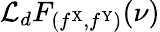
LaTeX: \mathcal{L}_{d}F_{(f^{\mathrm{X}},f^{\mathrm{Y}})}(\nu)